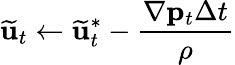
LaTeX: \widetilde{\mathbf{u}}_{t}\gets\widetilde{\mathbf{u}}_{t}^{*}-\frac{\nabla\mathbf{p}_{t}\Delta t}{\rho}